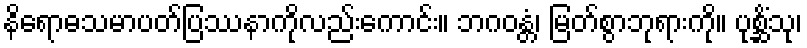
နိရောဓသမာပတ်ပြဿနာကိုလည်းကောင်း။ ဘဂဝန္တံ၊ မြတ်စွာဘုရားကို။ ပုစ္ဆိံသု၊